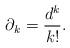
LaTeX: \begin{gather*} \partial_k = \frac{d^k}{k!}.\end{gather*}